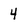
Character: 4